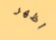
اظهر